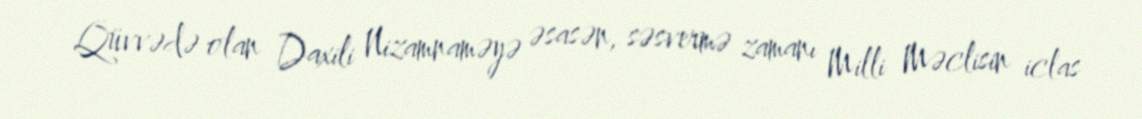
Qüvvədə olan Daxili Nizamnaməyə əsasən, səsvermə zamanı Milli Məclisin iclas